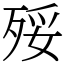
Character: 㱣